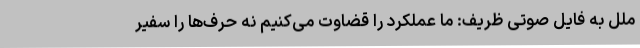
ملل به فایل صوتی ظریف: ما عملکرد را قضاوت می‌کنیم نه حرف‌ها را سفیر